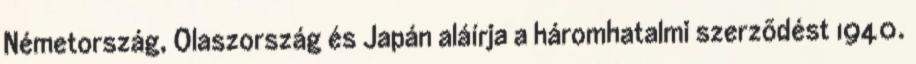
Németország, Olaszország és Japán aláírja a háromhatalmi szerzõdést 1940.